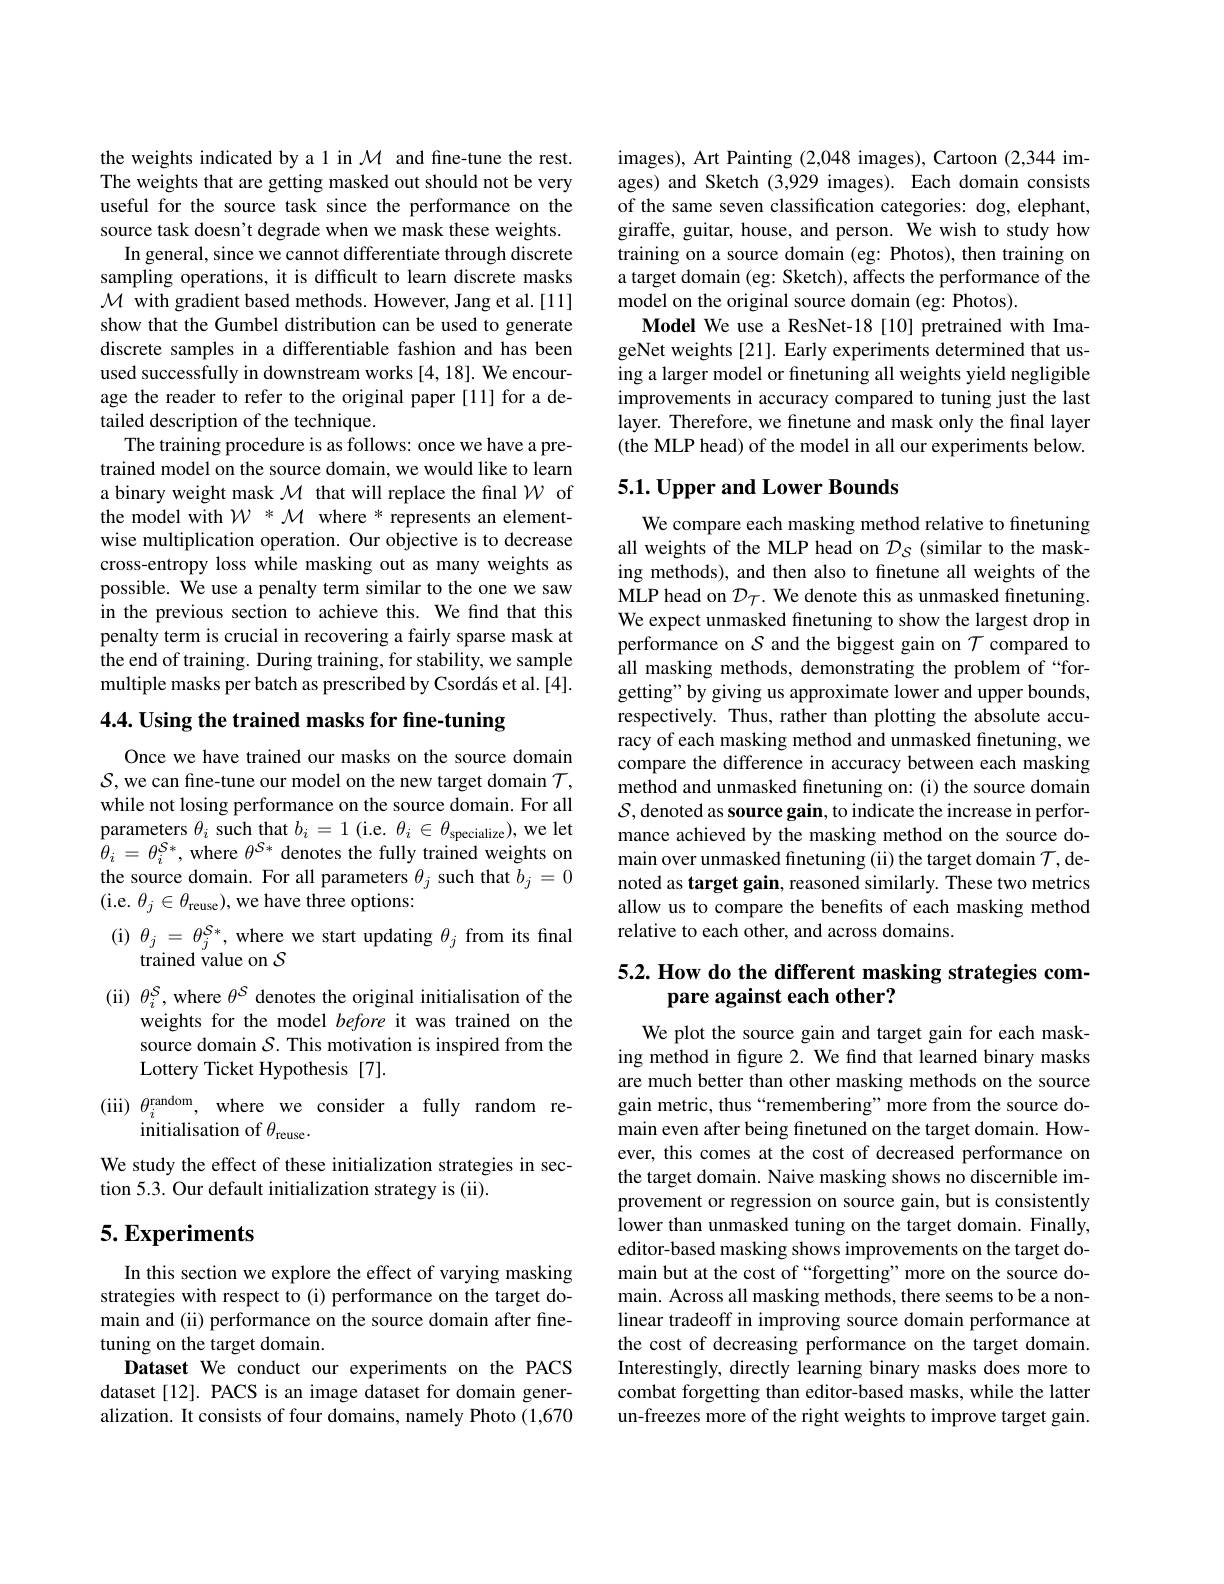
the weights indicated by a 1 in $\mathcal{M}$ and fine-tune the rest. The weights that are getting masked out should not be very useful for the source task since the performance on the source task doesn't degrade when we mask these weights.
In general, since we cannot differentiate through discrete sampling operations, it is difficult to learn discrete masks $\mathcal{M}$ with gradient based methods. However, Jang et al.[11] show that the Gumbel distribution can be used to generate discrete samples in a differentiable fashion and has been used successfully in downstream works [4,18]. We encourage the reader to refer to the original paper[11] for a detailed description of the technique.
The training procedure is as follows: once we have a pretrained model on the source domain, we would like to learn a binary weight mask $\mathcal{M}$ that will replace the final $\mathcal{W}$ of the model with $\mathcal{W}^*\mathcal{M}$ where * represents an elementwise multiplication operation. Our objective is to decrease cross-entropy loss while masking out as many weights as possible. We use a penalty term similar to the one we saw in the previous section to achieve this. We find that this penalty term is crucial in recovering a fairly sparse mask at the end of training. During training, for stability, we sample multiple masks per batch as prescribed by Csordás et al. [4].

4.4. Using the trained masks for fine-tuning

Once we have trained our masks on the source domain $\mathcal{S}$, we can fine-tune our model on the new target domain $\mathcal{T}$, while not losing performance on the source domain. For all parameters $\theta_i$ such that $b_i=1$ (i.e. $\theta_i\in\theta_\text{specialize})$, we let $\tilde{\theta}_{i}=\theta_{i}^{\mathcal{S}*}$, where $\theta^{\mathcal{S}*}$ denotes the fully trained weights on the source domain. For all parameters $\theta_j$ such that $b_j=0$ (i.e. $\theta_j\in\theta_{\mathrm{reuse}})$, we have three options:

( i) $\theta _{j}$ = $\theta _{j}^{S* }$, where we start updating $\theta _{j}$ from its final
trained value on $\mathcal{S}$
(ii) $\theta_i^S$, where $\theta^S$ denotes the original initialisation of the
weights for the model before it was trained on the source domain $\mathcal{S}.$ This motivation is inspired from the Lottery Ticket Hypothesis [7].
(iii) $\theta_i^\mathrm{random}$, where we consider a fully random re-
initialisation of $\theta_\mathrm{reuse}.$
We study the effect of these initialization strategies in sec-
tion 5.3. Our default initialization strategy is (ii).

## $5.Experiments$

In this section we explore the effect of varying masking strategies with respect to (i) performance on the target domain and (ii) performance on the source domain after finetuning on the target domain.
Dataset We conduct our experiments on the PACS dataset[12]. PACS is an image dataset for domain generalization. It consists of four domains, namely Photo (1,670

images), Art Painting (2,048 images), Cartoon (2,344 images) and Sketch (3,929 images). Each domain consists of the same seven classification categories: dog, elephant, giraffe, guitar, house, and person. We wish to study how training on a source domain (eg: Photos), then training on a target domain (eg: Sketch), affects the performance of the model on the original source domain (eg: Photos).
Model We use a ResNet-18 [10] pretrained with ImageNet weights[21]. Early experiments determined that using a larger model or finetuning all weights yield negligible improvements in accuracy compared to tuning just the last layer. Therefore, we finetune and mask only the final layer (the MLP head) of the model in all our experiments below.

## 5.1. Upper and Lower Bounds

We compare each masking method relative to finetuning all weights of the MLP head on $\mathcal{D}_S$ (similar to the masking methods), and then also to finetune all weights of the MLP head on $\mathcal{D}_{\mathcal{T}}.$ We denote this as unmasked finetuning. We expect unmasked finetuning to show the largest drop in performance on $\mathcal{S}$ and the biggest gain on $\mathcal{T}$ compared to all masking methods, demonstrating the problem of “forgetting" by giving us approximate lower and upper bounds, respectively. Thus, rather than plotting the absolute accuracy of each masking method and unmasked finetuning, we compare the difference in accuracy between each masking method and unmasked finetuning on: (i) the source domain $\mathcal{S}$,denoted as source gain, to indicate the increase in performance achieved by the masking method on the source domain over unmasked finetuning (ii) the target domain $\mathcal{T}$,denoted as target gain, reasoned similarly. These two metrics allow us to compare the benefits of each masking method relative to each other, and across domains.

## 5.2. How do the different masking strategies compare against each other?

We plot the source gain and target gain for each masking method in figure 2. We find that learned binary masks are much better than other masking methods on the source gain metric, thus “remembering” more from the source domain even after being finetuned on the target domain. However, this comes at the cost of decreased performance on the target domain. Naive masking shows no discernible improvement or regression on source gain, but is consistently lower than unmasked tuning on the target domain. Finally, editor-based masking shows improvements on the target domain but at the cost of “forgetting” more on the source domain. Across all masking methods, there seems to be a nonlinear tradeoff in improving source domain performance at the cost of decreasing performance on the target domain. Interestingly, directly learning binary masks does more to combat forgetting than editor-based masks, while the latter un-freezes more of the right weights to improve target gain.